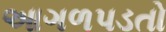
આગળપડતો